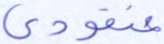
عنقودي